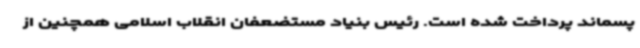
پسماند پرداخت شده است. رئیس بنیاد مستضعفان انقلاب اسلامی همچنین از